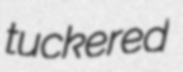
tuckered